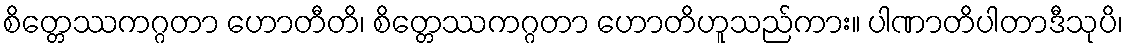
စိတ္တေဿကဂ္ဂတာ ဟောတီတိ၊ စိတ္တေဿကဂ္ဂတာ ဟောတိဟူသည်ကား။ ပါဏာတိပါတာဒီသုပိ၊